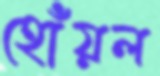
হোঁয়ল